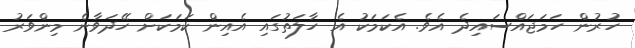
ހުރުން ހަމަޖައްސައިދެ އެވެ. އެކަމަކު އެ ހާލަތުގައި އެއިން ކަމަކަށް ހޭދަވާނެ މިންވަރު